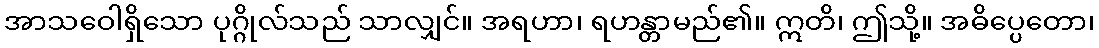
အာသဝေါရှိသော ပုဂ္ဂိုလ်သည် သာလျှင်။ အရဟာ၊ ရဟန္တာမည်၏။ ဣတိ၊ ဤသို့။ အဓိပ္ပေတော၊